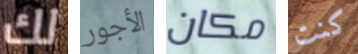
لك الأجور مكان كنت